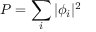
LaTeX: P = \sum _ { i } | \phi _ { i } | ^ { 2 }